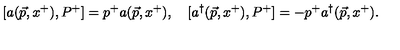
[ a ( \vec { p } , x ^ { + } ) , P ^ { + } ] = p ^ { + } a ( \vec { p } , x ^ { + } ) , \quad [ a ^ { \dagger } ( \vec { p } , x ^ { + } ) , P ^ { + } ] = - p ^ { + } a ^ { \dagger } ( \vec { p } , x ^ { + } ) .